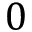
0